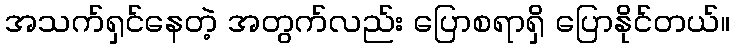
အသက်ရှင်နေတဲ့ အတွက်လည်း ပြောစရာရှိ ပြောနိုင်တယ်။